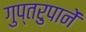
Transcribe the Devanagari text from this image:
गुप्तरुपानें